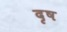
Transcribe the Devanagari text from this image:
दृष